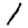
Digit: 1